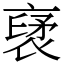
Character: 裦